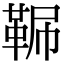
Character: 𩊧